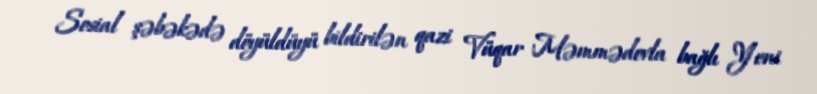
Sosial şəbəkədə döyüldüyü bildirilən qazi Vüqar Məmmədovla bağlı Yeni